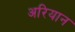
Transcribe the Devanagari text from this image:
अरियान